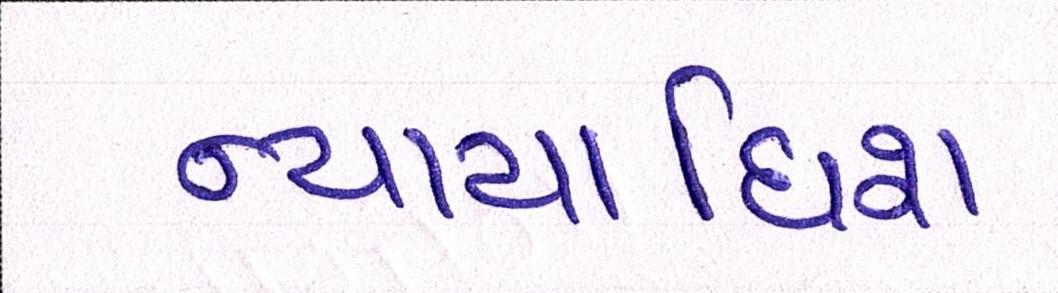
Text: ન્યાયાધિશ